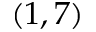
( 1 , 7 )